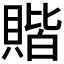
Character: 𫎝